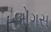
બોગસ